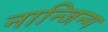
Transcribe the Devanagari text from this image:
नान्जिन्ग